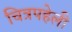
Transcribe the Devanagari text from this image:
चित्रपहेली